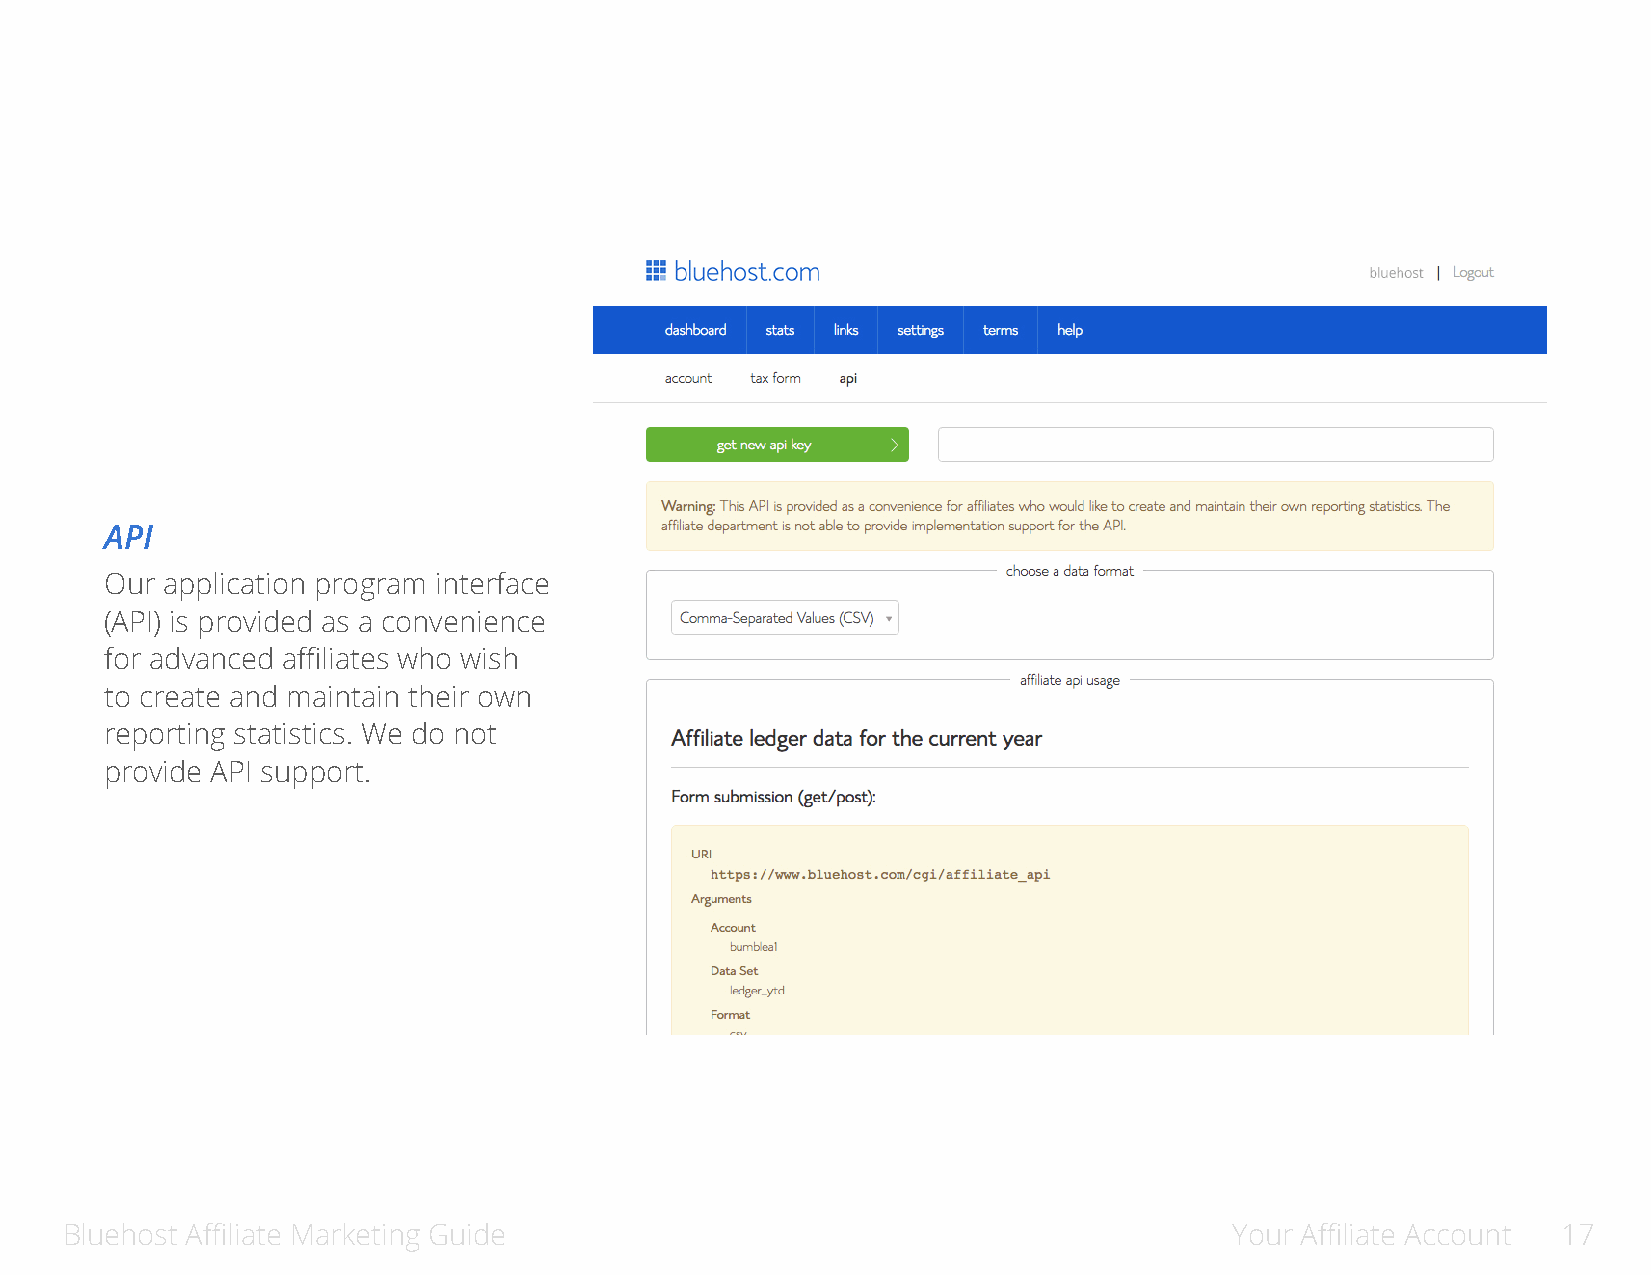
API
 Our application program interface
 (API) is provided as a convenience
 for advanced affiliates who wish
 to create and maintain their own
 reporting statistics. We do not
 provide API support.
 Bluehost Affiliate Marketing Guide                                            Your Affiliate Account 17